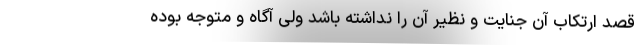
قصد ارتکاب آن جنایت و نظیر آن را نداشته باشد ولی آگاه و متوجه بوده